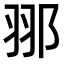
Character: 䣁